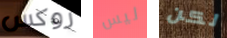
روكس ليس لكن